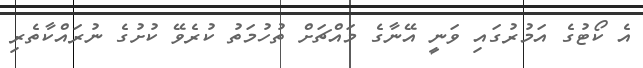
އެ ކޯޓުގެ އަމުރުގައި ވަނީ އޭނާގެ މައްޗަށް ތުހުމަތު ކުރެވޭ ކުށުގެ ނުރައްކާތެރި